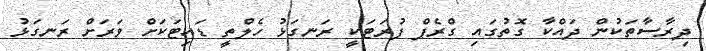
ދިރާސާތަކުން ދައްކާ ގޮތުގައި ގްރެޕް ފުރަޓަކީ ރަނގަޅު ހެލްތީ ޑައިޓަކަށް ވަރަށް ރަނގަޅު